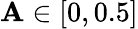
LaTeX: \mathbf{A}\in[0,0.5]